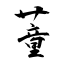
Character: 蕫